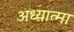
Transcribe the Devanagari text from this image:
अध्यात्मा